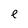
Character: e